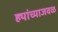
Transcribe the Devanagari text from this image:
ह्यांच्याजवळ